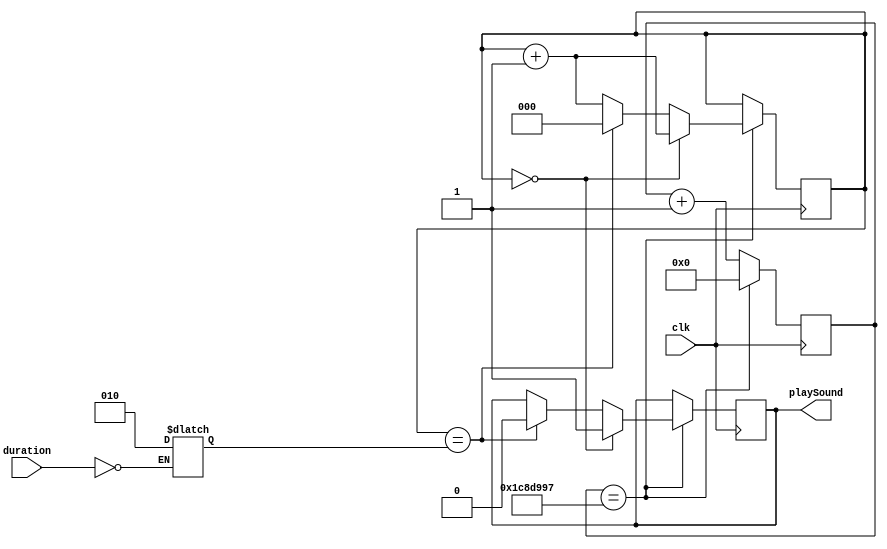
`timescale 1ns / 1ps
//////////////////////////////////////////////////////////////////////////////////
// Company: 
// Engineer: 
// 
// Design Name: 
// Module Name: NoteDurationClkDivider
// Project Name: 
// Target Devices: 
// Tool Versions: 
// Description: 
// 
// Dependencies: 
// 
// Revision:
// Revision 0.01 - File Created
// Additional Comments:
// 
//////////////////////////////////////////////////////////////////////////////////


//To get bpm: Bmp -> hz, hz -> mhz, 100/mhz, final/2 

module NoteDurationClkDivider(
    input clk,
    input [2:0] duration,
    output reg playSound
    );

    //Div val = 227272, 100 MHZ/227272 = 440 Hz
    //flip speaker ever 113636 for 50% duty cycle
    reg [24:0] clkCounter;
    reg [2:0] inCount, counter;
    
    initial begin
        playSound = 0;
        clkCounter = 0;
        counter = 0;
    end
    
    always @(duration) begin
        case(duration)
            2'b00: inCount = 3'b010; //100 bpm
        endcase
    end
    
    always @(posedge clk)begin
         if(clkCounter == 25'b1110010001101100110010111) begin //100 bpm
            if(counter == 3'b0) begin
                playSound = 1;
                counter = counter+1;
            end
            else if(counter == inCount) begin
                playSound = 0;
                counter <= 0;
            end 
            else begin
                counter = counter+1;
            end
            clkCounter <= 0;
         end 
         else begin
            clkCounter <= clkCounter+1;
         end
    end
endmodule